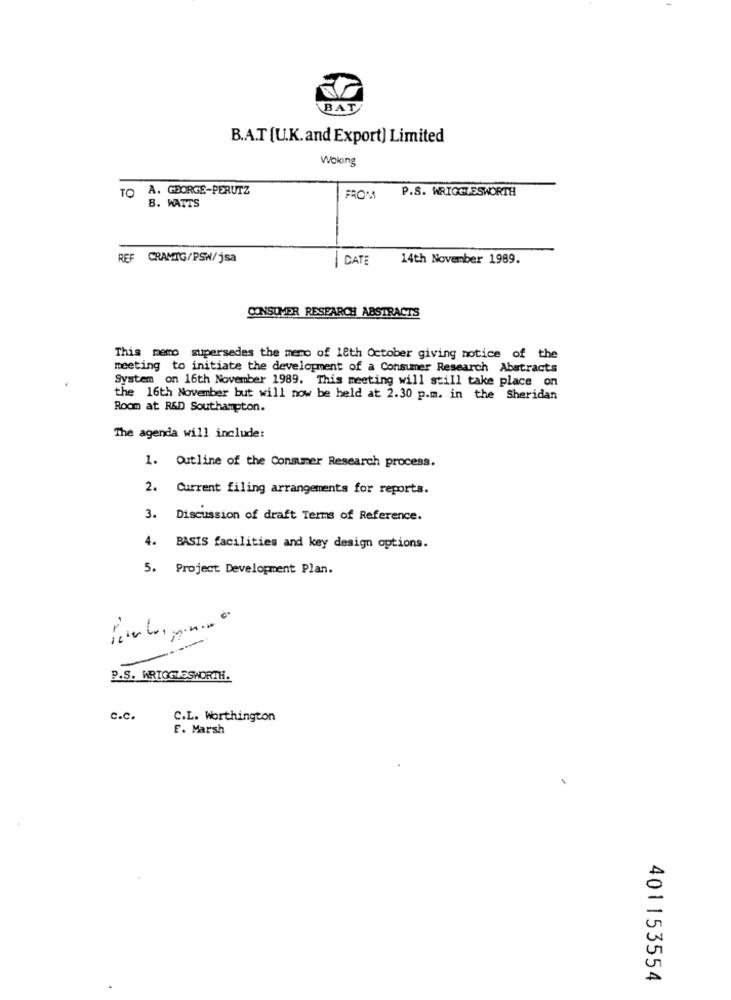
BAT
B.A.T [U.K.and Export) Limited
Woking
TO A. GEORGE-PERUTZ
P.S. WRIGGLESWORTH
FROM
8. WATTS
REF CRAMIG/PSW/jsa
DATE
14th November 1989.
CONSUMER RESEARCH ABSTRACTS
This memo supersedes the meno of 18th October giving notice of the
meeting to initiate the development of a Consumer Research Abstracts
System on 16th November 1989. This meeting will still take place on
the 16th November but will now be held at 2.30 p.m. in the Sheridan
Room at R&D Southampton.
The agenda will include:
1. Outline of the Consumer Research process.
2. Current filing arrangements for reports.
3. Discussion of draft Terms of Reference.
4. BASIS facilities and key design options.
5. Project Development Plan.
P.S. ARTGGLESWORTH.
c.c.
C.L. Worthington
E. Marsh
401153554